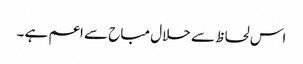
اس لحاظ سے حلال مباح سے اعم ہے ۔